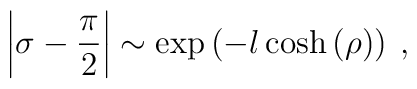
\left| \sigma -\displaystyle\frac{\pi }{2}\right| \sim \exp \left( -l\cosh \left( \rho \right) \right) \: ,